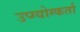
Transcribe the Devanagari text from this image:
उप्ग्योग्कर्ता